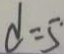
d = 5 \cdot